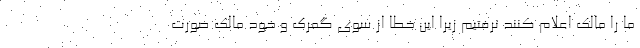
ما را مالک اعلام کنند نرفتیم زیرا این خطا از سوی گمرک و خود مالک صورت